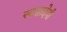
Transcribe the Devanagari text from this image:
स्वसादेवी